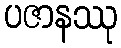
ပဇာနဿု